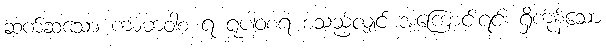
ဆက်ဆံသော ကာမာဝါစ ရ ရူပါဝစရ စသည်လျှင် အကြောင်းရင်း ရှိကုန်သော